Report on horse surra - Volume II, Part I
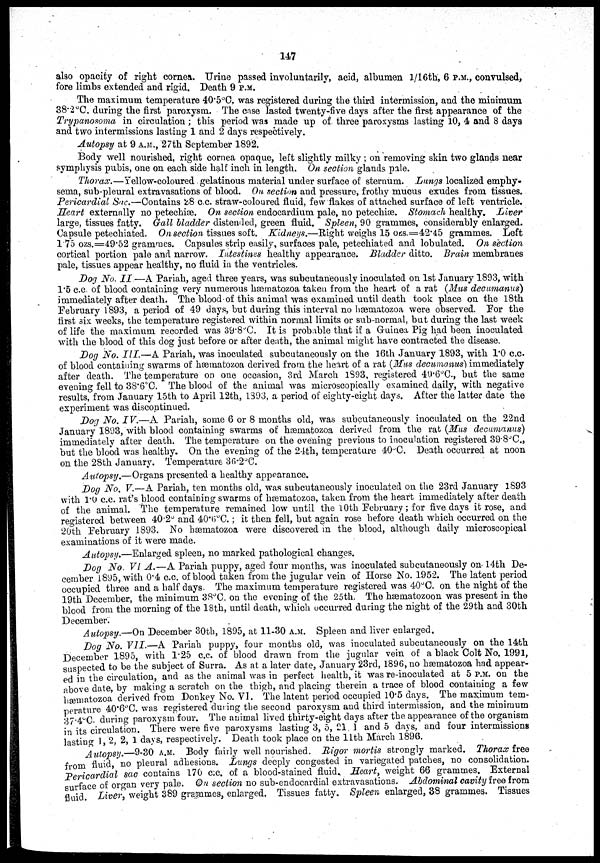
147
also opacity of right cornea. Urine passed involuntarily, acid, albumen 1/16th, 6 P.M., convulsed,
fore limbs extended and rigid. Death 9 P.M.
The maximum temperature 40.5°C. was registered during the third intermission, and the minimum
38.2°C. during the first paroxysm. The case lasted twenty-five days after the first appearance of the
Trypanosoma in circulation; this period was made up of three paroxysms lasting 10, 4 and 8 days
and two intermissions lasting 1 and 2 days respectively.
Autopsy at 9 A.M., 27th September 1892.
Body well nourished, right cornea opaque, left slightly milky ; on removing skin two glands near
symphysis pubis, one on each side half inch in length. On section glands pale.
Thorax.—Yellow-coloured gelatinous material under surface of sternum. Lungs localized emphy-
sema, sub-pleural extravasations of blood. On section and pressure, frothy mucus exudes from tissues.
Pericardial Sac.—Contains 28 c.c. straw-coloured fluid, few flakes of attached surface of left ventricle.
Heart externally no petechiæ. On section endocardium pale, no petechiæ. Stomach healthy. Liver
large, tissues fatty. Gall bladder distended, green fluid. Spleen, 90 grammes, considerably enlarged.
Capsule petechiated. On section tissues soft. Kidneys.—Right weighs 15 OZS.=42.45 grammes. Left
1.75 ozs.=49.52 grammes. Capsules strip easily, surfaces pale, petechiated and lobulated. On section
cortical portion pale and narrow. Intestines healthy appearance. Bladder ditto. Brain membranes
pale, tissues appear healthy, no fluid in the ventricles.
Dog No. II—A Pariah, aged three years, was subcutaneously inoculated on 1st January 1893, with
1.5 c.c. of blood containing very numerous hæmatozoa taken from the heart of a rat (Mus decumanus)
immediately after death. The blood of this animal was examined until death took place on the 18th
February 1893, a period of 49 days, but during this interval no hæmatozoa were observed. For the
first six weeks, the temperature registered within normal limits or sub-normal, but during the last week
of life the maximum recorded was 39.8°C. It is probable that if a Guinea Pig had been inoculated
with the blood of this dog just before or after death, the animal might have contracted the disease.
Dog No. III.—A Pariah, was inoculated subcutaneously on the 16th January 1893, with 1.0 c.c.
of blood containing swarms of hæmatozoa derived from the heart of a rat (Mus decumanus) immediately
after death. The temperature on one occasion, 3rd March 1893, registered 40.6°C., but the same
evening fell to 38.6°C. The blood of the animal was microscopically examined daily, with negative
results, from January 15th to April 12th, 1893, a period of eighty-eight days. After the latter date the
experiment was discontinued.
Dog No. IV.—A Pariah, some 6 or 8 months old, was subcutaneously inoculated on the 22nd
January 1893, with blood containing swarms of hæmatozoa derived from the rat(Mus decumanus)
immediately after death. The temperature on the evening previous to inoculation registered 39.8°C.,
but the blood was healthy. On the evening of the 24th, temperature 40°C. Death occurred at noon
on the 28th January. Temperature 36.2°C.
Autopsy.—Organs presented a healthy appearance.
Dog No. V.—A Pariah, ten months old, was subcutaneously inoculated on the 23rd January 1893
with 1.0 c.c. rat's blood containing swarms of hæmatozoa, taken from the heart immediately after death
of the animal. The temperature remained low until the 10th February ; for five days it rose, and
registered between 40.2° and 40.6°C. ; it then fell, but again rose before death which occurred on the
20th February 1893. No hæmatozoa were discovered in the blood, although daily microscopical
examinations of it were made.
Autopsy.—Enlarged spleen, no marked pathological changes.
Dog No. VI A.—A Pariah puppy, aged four months, was inoculated subcutaneously on 14th De-
cember 1895, with 0.4 c.c. of blood taken from the jugular vein of Horse No. 1952. The latent period
occupied three and a half days. The maximum temperature registered was 40°C. on the night of the
19th December, the minimum 38°C. on the evening of the 25th. The hæmatozoon was present in the
blood from the morning of the 18th, until death, which occurred during the night of the 29th and 30th
December.
Autopsy.—On December 30th, 1895, at 11-30 A.M. Spleen and liver enlarged.
Dog No. VII.—A Pariah puppy, four months old, was inoculated subcutaneously on the 14th
December 1895, with 1.25 c.c. of blood drawn from the jugular vein of a black Colt No. 1991,
suspected to be the subject of Surra. As at a later date, January 23rd, 1896, no hæmatozoa had appear-
ed in the circulation, and as the animal was in perfect health, it was re-inoculated at 5 P.M. on the
above date, by making a scratch on the thigh, and placing therein a trace of blood containing a few
hæmatozoa derived from Donkey No. VI. The latent period occupied 10.5 days. The maximum tem-
perature 40.6°C. was registered during the second paroxysm and third intermission, and the minimum
37.4°C. during paroxysm four. The animal lived thirty-eight days after the appearance of the organism
in its circulation. There were five paroxysms lasting 3, 5, 21, 1 and 5 days, and four intermissions
lasting 1, 2, 2, 1 days, respectively. Death took place on the 11th March 1896.
Autopsy.—9-30 A.M. Body fairly well nourished. Rigor mortis strongly marked. Thorax free
from fluid, no pleural adhesions. Lungs deeply congested in variegated patches, no consolidation.
Pericardial sac contains 170 c.c. of a blood-stained fluid. Heart, weight 66 grammes. External
surface of organ very pale. On section no sub-endocardial extravasations. Abdominal cavity free from
fluid. Liver, weight 389 grammes, enlarged. Tissues fatty. Spleen enlarged, 38 grammes. Tissues